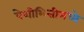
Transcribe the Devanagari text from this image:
पेशीभित्तीमध्ये